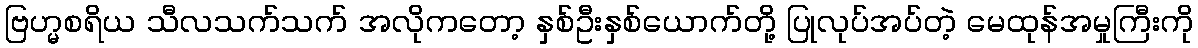
ဗြဟ္မစရိယ သီလသက်သက် အလိုကတော့ နှစ်ဦးနှစ်ယောက်တို့ ပြုလုပ်အပ်တဲ့ မေထုန်အမှုကြီးကို